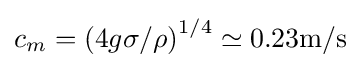
c_{m}=\left(4g\sigma /\rho \right)^{1/4}\simeq 0.23\mathrm {m/s}